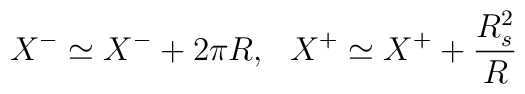
X^- \simeq X^- + 2\pi R,~~X^+ \simeq X^+ + {R_s^{2}\over R}